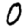
Digit: 0